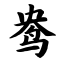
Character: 鸯